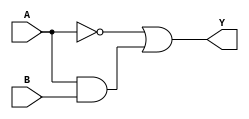
module XOR_gate (
    input A, 
    input B, 
    output Y
);

wire not_A;
wire and_out;

assign not_A = ~A;
assign and_out = A & B;

assign Y = not_A | and_out;

endmodule